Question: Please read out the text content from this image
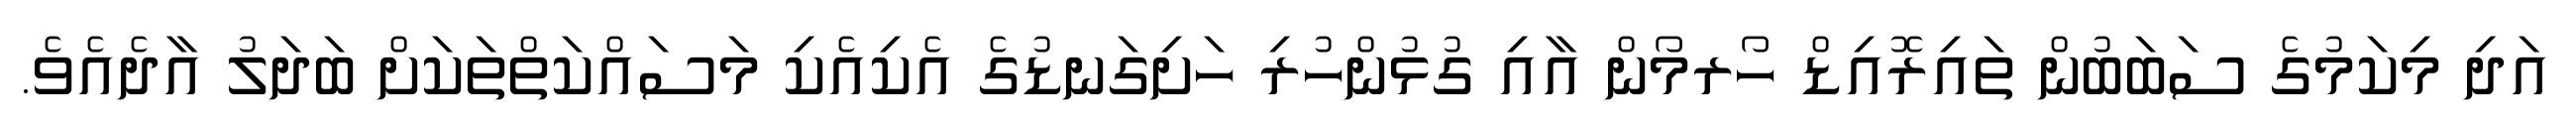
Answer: އަދި މިކަމުގެ ސަބަބުން ތައިރޮއިޑް ހޯރމޯން އާއި ގުޅުންހުރި ހަށިގަނޑުގެ އެކިއެކި މަސައްކަތްތަކަށް ބަދަލު އާދެއެވެ.